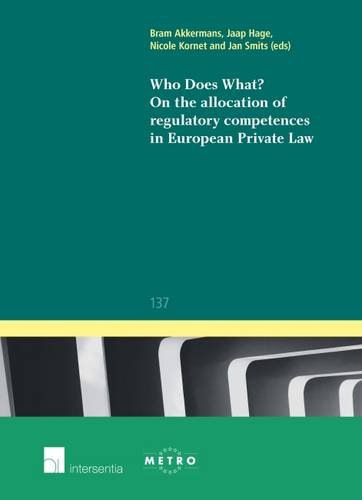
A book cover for Who Does What? On the Allocation of Regulatory Competences in European Private Law (Ius Commune Europaeum); Law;